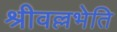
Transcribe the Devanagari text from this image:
श्रीवल्लभेति